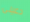
دعينى